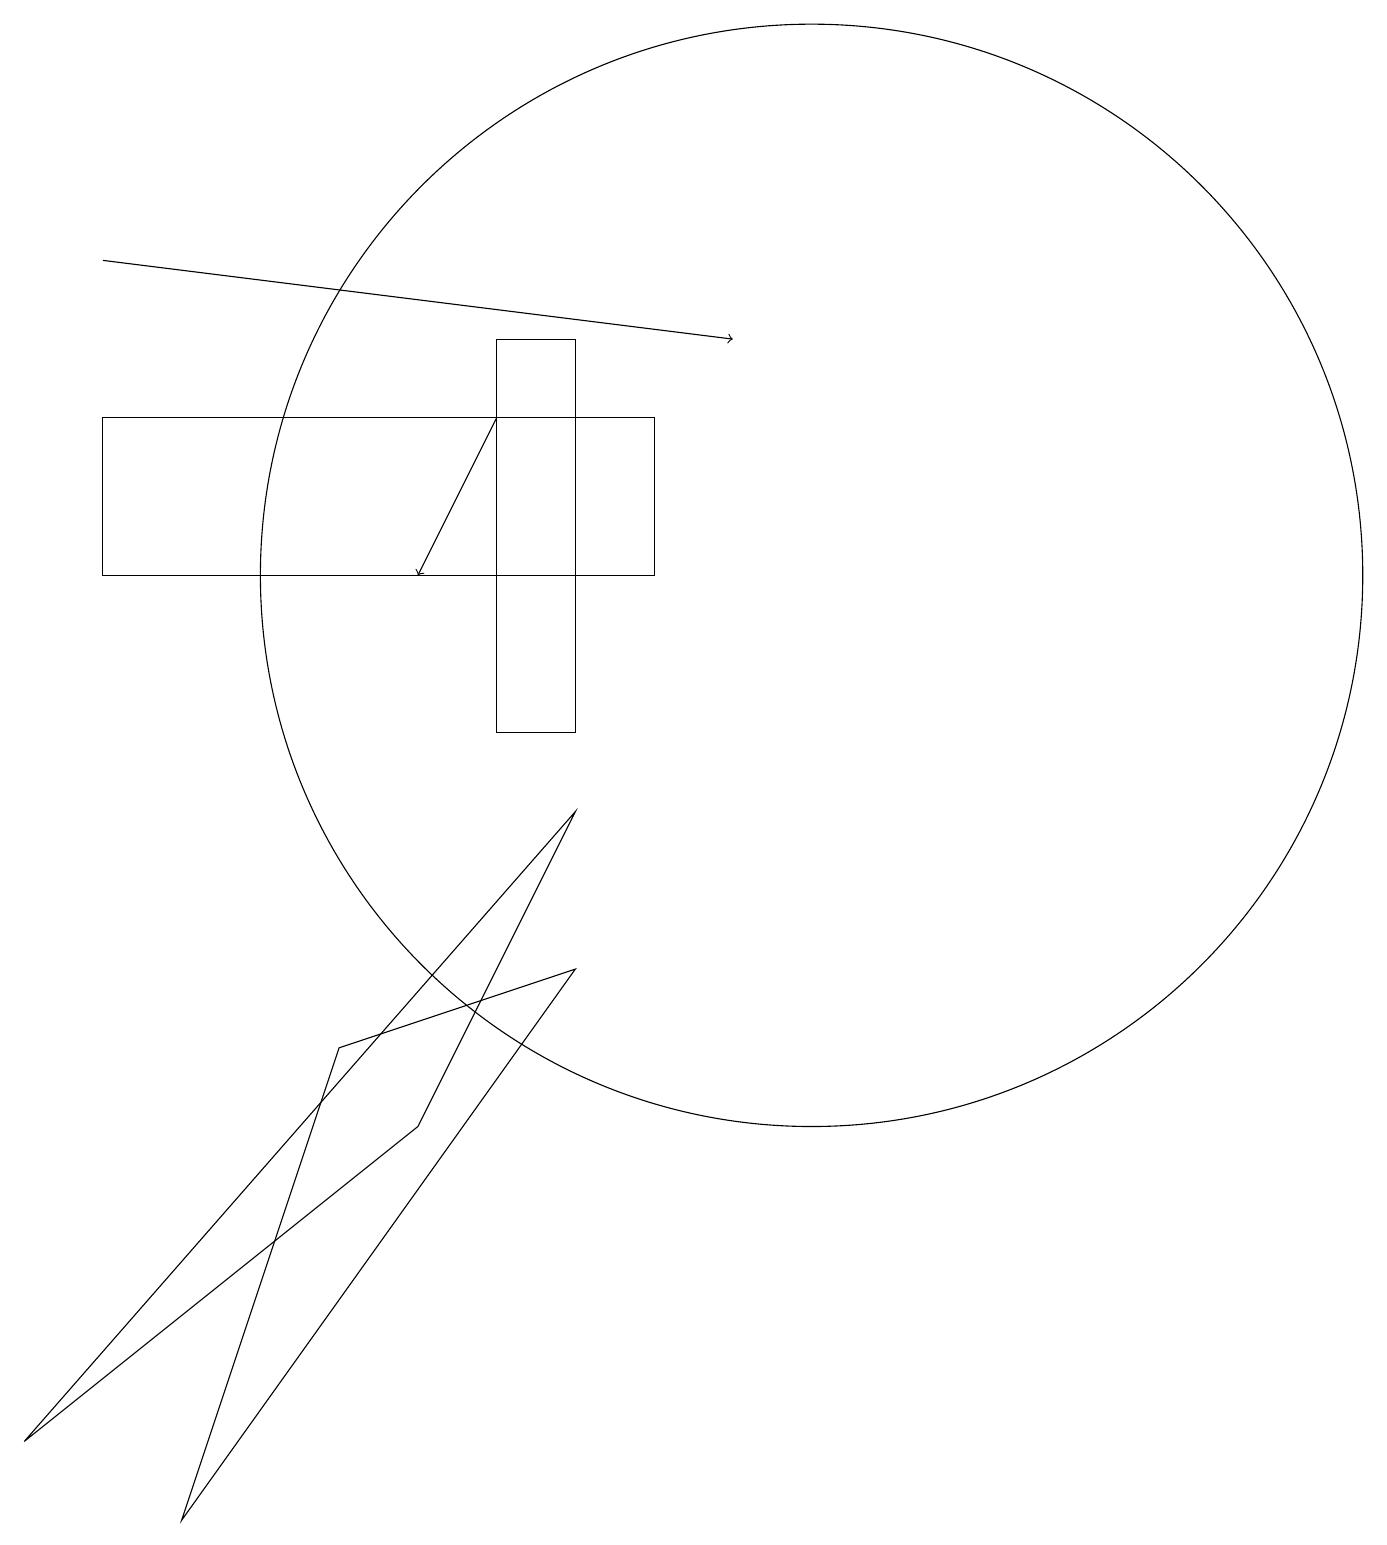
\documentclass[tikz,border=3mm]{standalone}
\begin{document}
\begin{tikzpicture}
\draw (10,12) circle (7);
\draw (1,14) rectangle (8,12);
\draw (2,0) -- (7,7) -- (4,6) -- cycle;
\draw[->] (1,16) -- (9,15);
\draw (6,10) rectangle (7,15);
\draw (7,9) -- (0,1) -- (5,5) -- cycle;
\draw[->] (6,14) -- (5,12);
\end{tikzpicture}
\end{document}